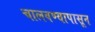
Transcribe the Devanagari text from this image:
चालवण्यापासून